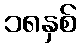
၁၈နှစ်